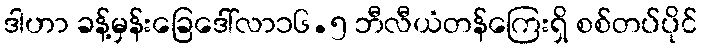
ဒါဟာ ခန့်မှန်းခြေဒေါ်လာ၁၆.၅ ဘီလီယံတန်ကြေးရှိ စစ်တပ်ပိုင်